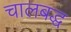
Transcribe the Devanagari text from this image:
चालबद्ध